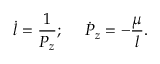
\dot { l } = \frac { 1 } { P _ { z } } ; ~ ~ ~ ~ \dot { P } _ { z } = - \frac \mu { l } .